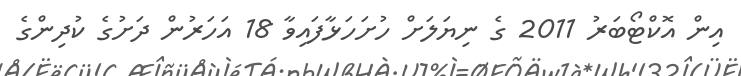
އިިން އޮކްޓޯބަރު 2011 ގެ ނިޔަލަށް ހުށަހަޅާފައިވާ 18 އަހަރުން ދަށުގެ ކުދިންގެ